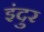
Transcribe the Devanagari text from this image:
इंदुर